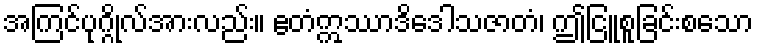
အကြင်ပုဂ္ဂိုလ်အားလည်း။ ဧတံဣဿာဒိဒေါသဇာတံ၊ ဤငြူစူခြင်းစသော